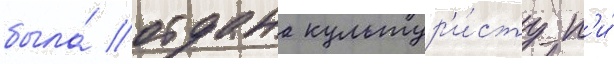
была́ отдана культур'и́сту п'и́